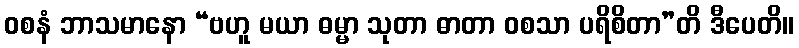
ဝစနံ ဘာသမာနော “ဗဟူ မယာ ဓမ္မာ သုတာ ဓာတာ ဝစသာ ပရိစိတာ”တိ ဒီပေတိ။